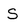
Character: S